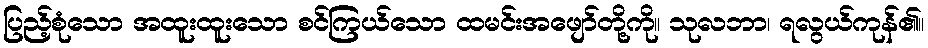
ပြည့်စုံသော အထူးထူးသော စင်ကြယ်သော ထမင်းအဖျော်တို့ကို။ သုလဘာ၊ ရလွယ်ကုန်၏။